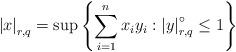
LaTeX: \begin{align*}\left\vert x\right\vert _{r,q}=\sup \left\{\sum_{i=1}^{n}x_{i}y_{i}:\left\vert y\right\vert _{r,q}^{\circ }\leq1\right\}\end{align*}